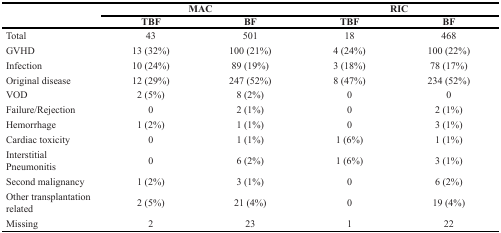
<table><thead><tr><td>[EMPTY_CELL]</td><td colspan="2"><b>MAC</b></td><td colspan="2"><b>RIC</b></td></tr><tr><td>[EMPTY_CELL]</td><td><b>TBF</b></td><td><b>BF</b></td><td><b>TBF</b></td><td><b>BF</b></td></tr></thead><tbody><tr><td>Total</td><td>43</td><td>501</td><td>18</td><td>468</td></tr><tr><td>GVHD</td><td>13 (32%)</td><td>100 (21%)</td><td>4 (24%)</td><td>100 (22%)</td></tr><tr><td>Infection</td><td>10 (24%)</td><td>89 (19%)</td><td>3 (18%)</td><td>78 (17%)</td></tr><tr><td>Original disease</td><td>12 (29%)</td><td>247 (52%)</td><td>8 (47%)</td><td>234 (52%)</td></tr><tr><td>VOD</td><td>2 (5%)</td><td>8 (2%)</td><td>0</td><td>0</td></tr><tr><td>Failure/Rejection</td><td>0</td><td>2 (1%)</td><td>0</td><td>2 (1%)</td></tr><tr><td>Hemorrhage</td><td>1 (2%)</td><td>1 (1%)</td><td>0</td><td>3 (1%)</td></tr><tr><td>Cardiac toxicity</td><td>0</td><td>1 (1%)</td><td>1 (6%)</td><td>1 (1%)</td></tr><tr><td>Interstitial Pneumonitis</td><td>0</td><td>6 (2%)</td><td>1 (6%)</td><td>3 (1%)</td></tr><tr><td>Second malignancy</td><td>1 (2%)</td><td>3 (1%)</td><td>0</td><td>6 (2%)</td></tr><tr><td>Other transplantation related</td><td>2 (5%)</td><td>21 (4%)</td><td>0</td><td>19 (4%)</td></tr><tr><td>Missing</td><td>2</td><td>23</td><td>1</td><td>22</td></tr></tbody></table>